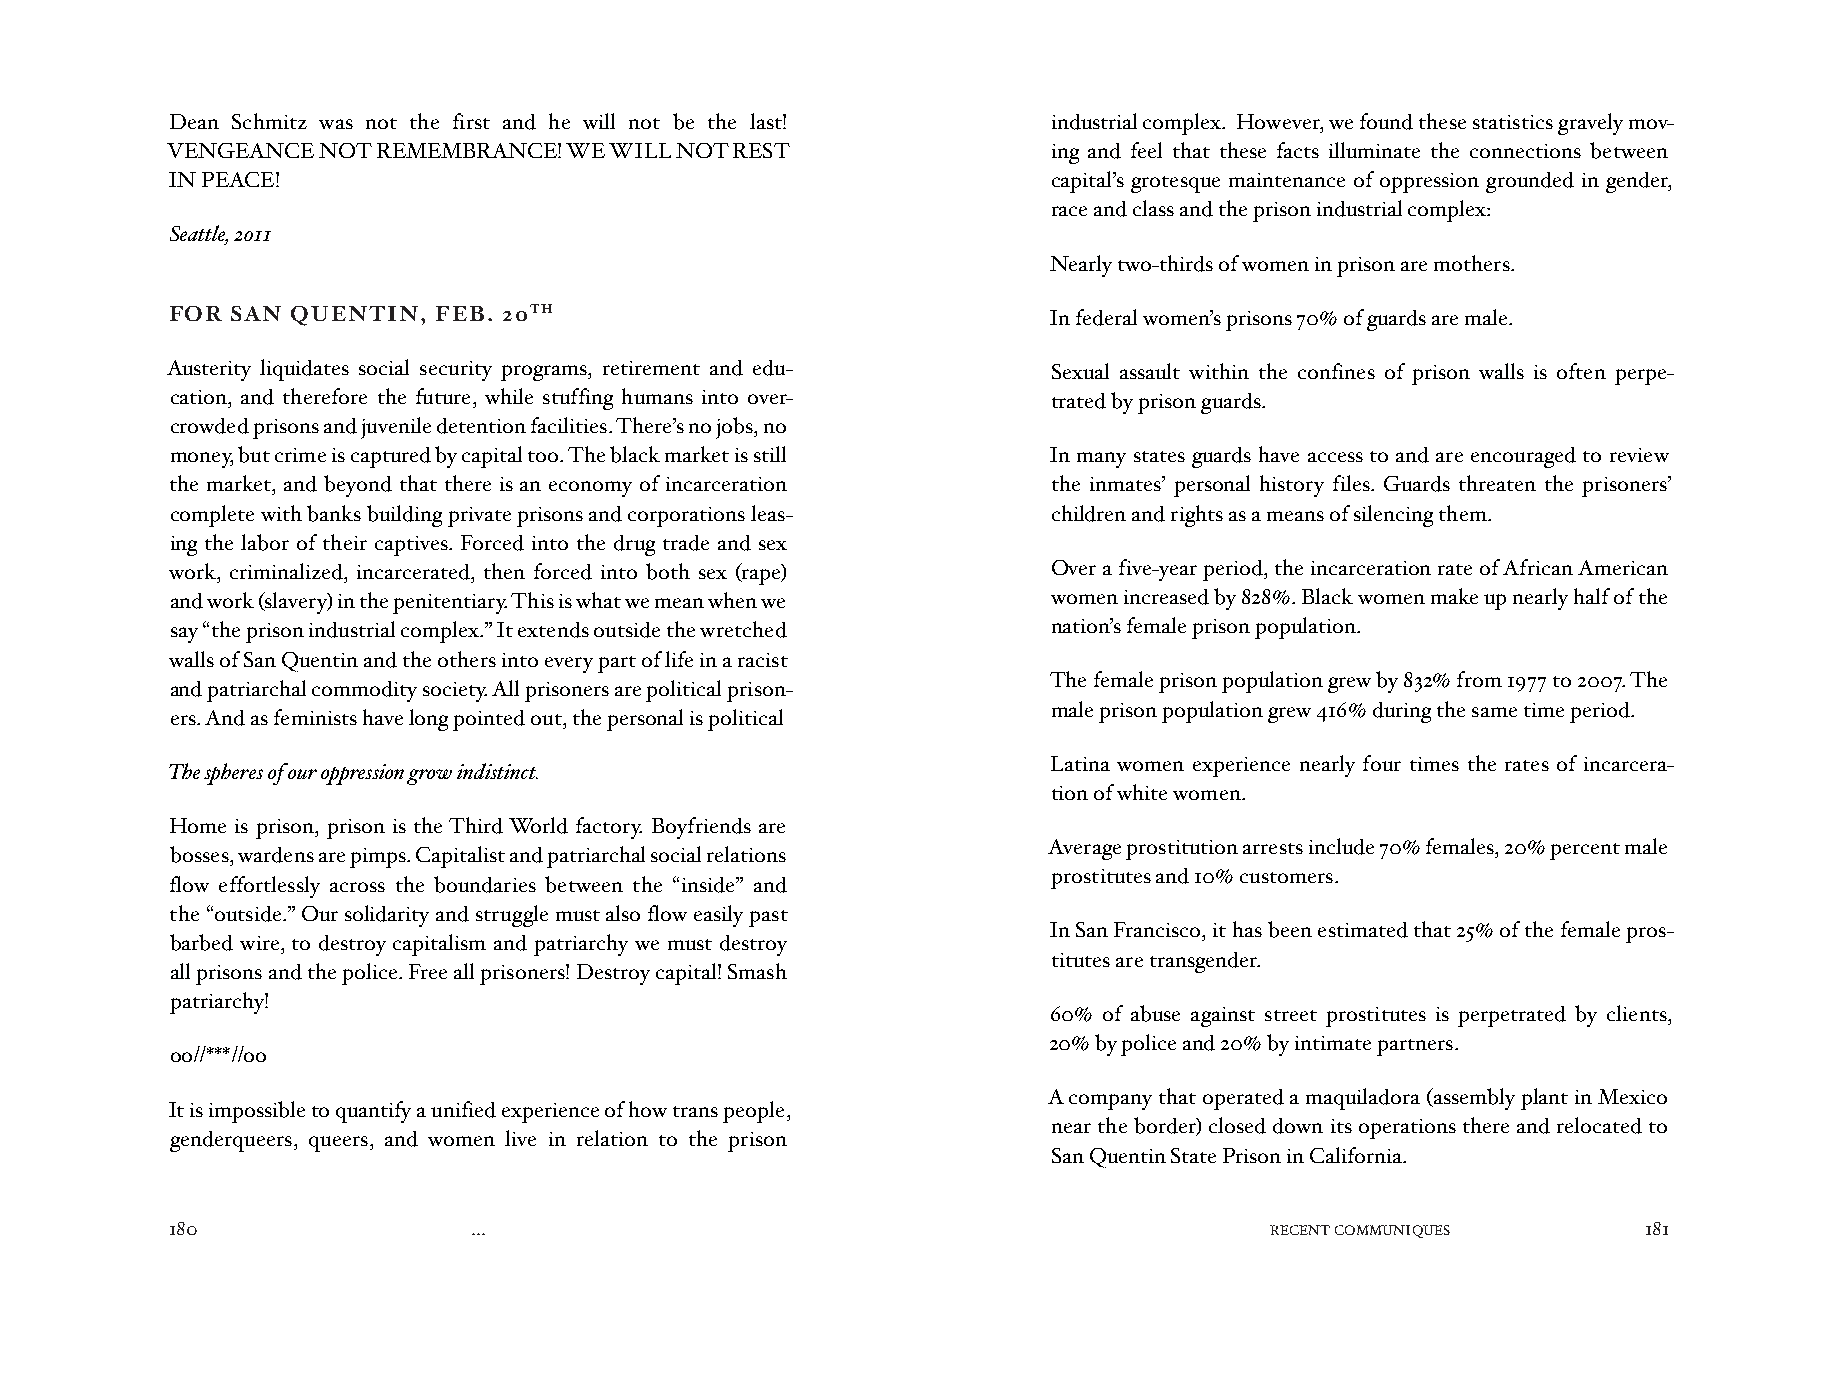
Dean Schmitz was not the first and he will not be the last! industrial complex. However, we found these statistics gravely mov-
 VENGEANCE NOT REMEMBRANCE! WE WILL NOT REST                ing and feel that these facts illuminate the connections between
 IN PEACE!                                                  capital’s grotesque maintenance of oppression grounded in gender,
 race and class and the prison industrial complex:
 Seattle, 2011
 Nearly two-thirds of women in prison are mothers.
 FOR SAN QUENTIN,  FEB. 20TH                               In federal women’s prisons 70% of guards are male.
 Austerity liquidates social security programs, retirement and edu- Sexual assault within the confines of prison walls is often perpe-
 cation, and therefore the future, while stuffing humans into over- trated by prison guards.
 crowded prisons and juvenile detention facilities. There’s no jobs, no
 money, but crime is captured by capital too. The black market is still In many states guards have access to and are encouraged to review
 the market, and beyond that there is an economy of incarceration the inmates’ personal history files. Guards threaten the prisoners’
 complete with banks building private prisons and corporations leas- children and rights as a means of silencing them.
 ing the labor of their captives. Forced into the drug trade and sex
 work, criminalized, incarcerated, then forced into both sex (rape) Over a five-year period, the incarceration rate of African American
 and work (slavery) in the penitentiary. This is what we mean when we women increased by 828%. Black women make up nearly half of the
 say “the prison industrial complex.” It extends outside the wretched nation’s female prison population.
 walls of San Quentin and the others into every part of life in a racist
 The female prison population grew by 832% from 1977 to 2007. The
 and patriarchal commodity society. All prisoners are political prison-
 male prison population grew 416% during the same time period.
 ers. And as feminists have long pointed out, the personal is political
 Latina women experience nearly four times the rates of incarcera-
 The spheres of our oppression grow indistinct.
 tion of white women.
 Home is prison, prison is the Third World factory. Boyfriends are
 Average prostitution arrests include 70% females, 20% percent male
 bosses, wardens are pimps. Capitalist and patriarchal social relations
 prostitutes and 10% customers.
 flow effortlessly across the boundaries between the “inside” and
 the “outside.” Our solidarity and struggle must also flow easily past
 In San Francisco, it has been estimated that 25% of the female pros-
 barbed wire, to destroy capitalism and patriarchy we must destroy
 titutes are transgender.
 all prisons and the police. Free all prisoners! Destroy capital! Smash
 patriarchy!
 60% of abuse against street prostitutes is perpetrated by clients,
 20% by police and 20% by intimate partners.
 oo//***//oo
 A company that operated a maquiladora (assembly plant in Mexico
 It is impossible to quantify a unified experience of how trans people,
 near the border) closed down its operations there and relocated to
 genderqueers, queers, and women live in relation to the prison
 San Quentin State Prison in California.
 180                 ...                                                  RECENT COMMUNIQUES       181